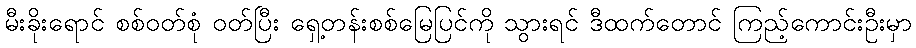
မီးခိုးရောင် စစ်ဝတ်စုံ ဝတ်ပြီး ရှေ့တန်းစစ်မြေပြင်ကို သွားရင် ဒီထက်တောင် ကြည့်ကောင်းဦးမှာ